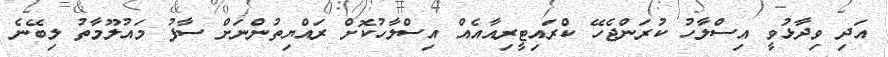
އަދި ވިދާޅުވީ އިސްލާހު ކުރަންޖެހޭ ކްރައިޓީރިއާއެއް އިސްލާހުކޮށް ރައްޔިތުންނަށް ސާފު މައުލޫމާތު ލިބޭނެ